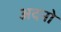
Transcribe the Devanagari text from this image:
अदनो